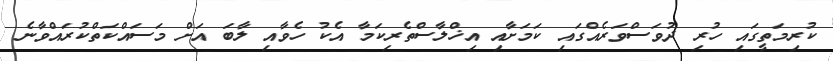
ކުރިމަތީގައި ހުރި ދުވަސްވަރެއްގައި ކަމަށާއި އިޚްލާސްތެރިކަމާ އެކު ހެވާއި ލާބަ އަށް މަސައްކަތްކުރައްވާނެ